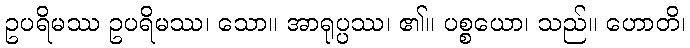
ဥပရိမဿ ဥပရိမဿ၊ သော။ အာရုပ္ပဿ၊ ၏။ ပစ္စယော၊ သည်။ ဟောတိ၊